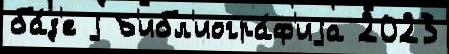
ба́з'е j Б'ибл'иогра́ф'иjа 2023